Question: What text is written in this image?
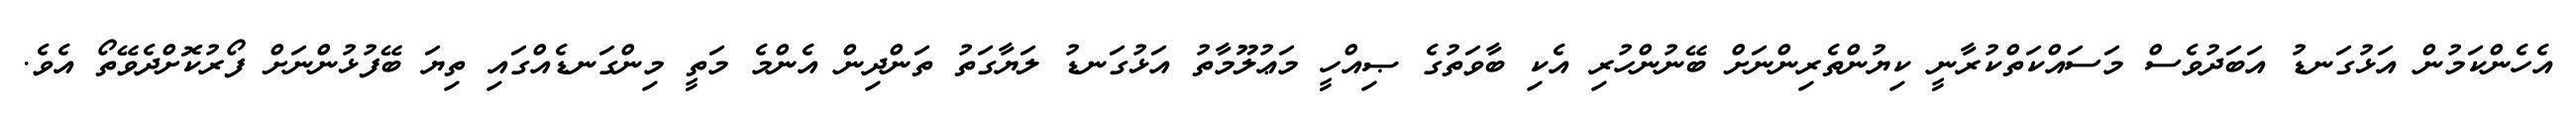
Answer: އެހެންކަމުން އަޅުގަނޑު އަބަދުވެސް މަސައްކަތްކުރާނީ ކިޔުންތެރިންނަށް ބޭނުންހުރި އެކި ބާވަތުގެ ޞިއްހީ މަޢުލޫމާތު އަޅުގަނޑު ލަޔާގަތު ތަންދިން އެންމެ މަތީ މިންގަނޑެއްގައި ތިޔަ ބޭފުޅުންނަށް ފޯރުކޮށްދެވޭތޯ އެވެ.